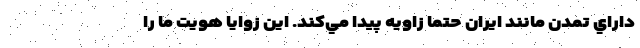
داراي تمدن مانند ايران حتما زاويه پيدا مي‌كند. اين زوايا هويت ما را